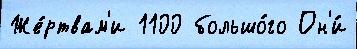
Же́ртвам'и 1100 большо́го Он'и́